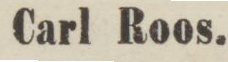
Carl Roos.